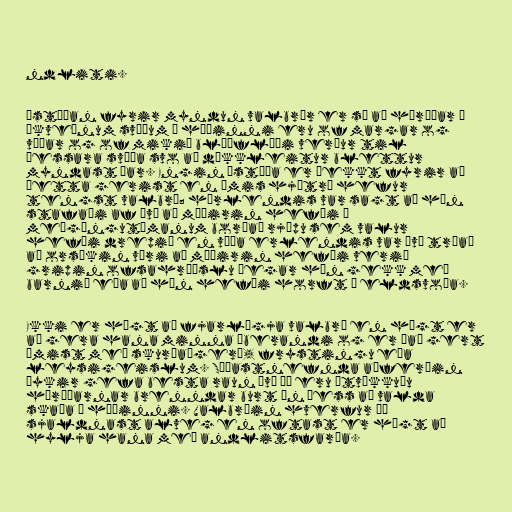
ndliti.

Ástæðan fyrir myndun valbrár er sú að háræðar á
ákveðnum svæðum í húðinni eru of margar og
víðar og of mikið blóðflæði verður til
þessara svæða svo að dökkleitur blettur
myndast þar. Engin ástæða er þekkt fyrir að
þetta gerist en ýmis hjátrú hefur
tengst valbrá; hérlendis var sagt að hún
stafaði af því að móðirin hefði á
meðgöngutímanum borðað rjúpu sem valur
hefði drepið en víða erlendis var því trúað
að orsökin væri að móðirin hefði verið
gripin ofsahræðslu þegar hún gekk með
barnið eða að hún hefði horft á eldsvoða.

Ekki er hægt að fjarlægja valbrá en hægt er
að gera hana minna áberandi og er það gert
ýmist með skurðaðgerð, frystingu eða
leysigeislum. Síðastnefnda aðferðin
þykir gefa besta raun því þá eru útvíkkuðu
háræðarnar brenndar burt án þess að valda
skaða á húðinni. Valbráin hverfur þó
sjaldnast alveg en oftast er hægt að
hylja hana með andlitsfarða.